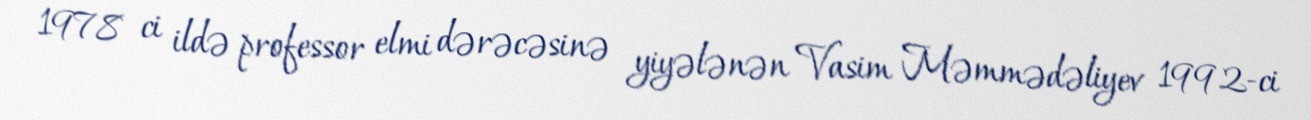
1978 ci ildə professor elmi dərəcəsinə yiyələnən Vasim Məmmədəliyev 1992-ci